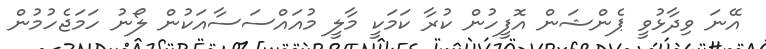
އޭނަ ވިދާޅުވީ ޕެންޝަން އޮފީހުން ކުރާ ކަމަކީ މާލީ މުއައްސަސާއަކުން ލޯނު ހަމަޖެހުމުން